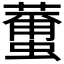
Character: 𮑿